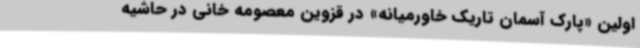
اولین «پارک آسمان تاریک خاورمیانه» در قزوین معصومه خانی در حاشیه